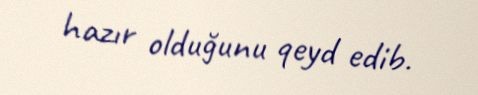
hazır olduğunu qeyd edib.